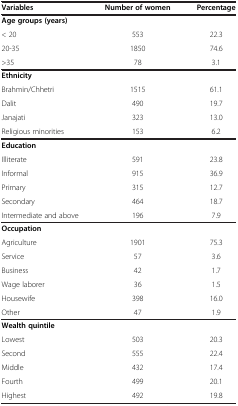
| Variables | Number of women | Percentage |
 | --- | --- | --- |
 | Age groups (years) |  |  |
 | < 20 | 553 | 22.3 |
 | 20-35 | 1850 | 74.6 |
 | >35 | 78 | 3.1 |
 | Ethnicity |  |  |
 | Brahmin/Chhetri | 1515 | 61.1 |
 | Dalit | 490 | 19.7 |
 | Janajati | 323 | 13.0 |
 | Religious minorities | 153 | 6.2 |
 | Education |  |  |
 | Illiterate | 591 | 23.8 |
 | Informal | 915 | 36.9 |
 | Primary | 315 | 12.7 |
 | Secondary | 464 | 18.7 |
 | Intermediate and above | 196 | 7.9 |
 | Occupation |  |  |
 | Agriculture | 1901 | 75.3 |
 | Service | 57 | 3.6 |
 | Business | 42 | 1.7 |
 | Wage laborer | 36 | 1.5 |
 | Housewife | 398 | 16.0 |
 | Other | 47 | 1.9 |
 | Wealth quintile |  |  |
 | Lowest | 503 | 20.3 |
 | Second | 555 | 22.4 |
 | Middle | 432 | 17.4 |
 | Fourth | 499 | 20.1 |
 | Highest | 492 | 19.8 |